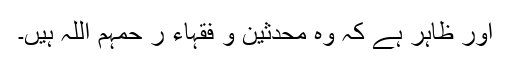
اور ظاہر ہے کہ وہ محدثین و فقہاء ر حمہم اللہ ہیں۔